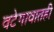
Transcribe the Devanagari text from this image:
वटेगावातही